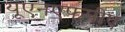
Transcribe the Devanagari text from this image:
यूएनएफपीए